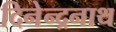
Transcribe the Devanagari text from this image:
दिनेन्द्रनाथ